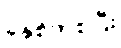
ခုနှစ်ကစပြီး